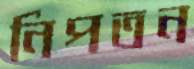
নিপতন